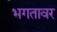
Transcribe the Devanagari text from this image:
भगतावर